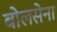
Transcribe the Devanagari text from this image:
बोलसेना